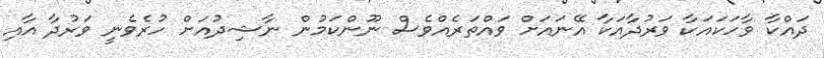
ދައްކާ ވާހަކައަކާ ވަރުދާއަކާ އޭނައަށް ވައްތަރެއްވެސް ނޫންކަމުން ނާޝިދުއަށް ހުރެވެނީ ވަރުދާ އާއި